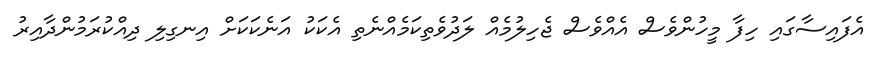
އެފައިސާގައި ހިފާ މީހުންވެސް އެއްވެސް ޖެހިލުމެއް ލަދުވެތިކަމެއްނެތި އެކަކު އަނެކަކަށް އިނގިލި ދިއްކުރަމުންދާއިރު